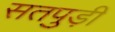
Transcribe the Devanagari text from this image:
सतपुड़ी